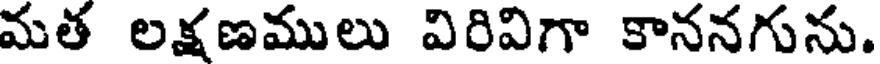
మత లక్షణములు విరివిగా కాననగును.